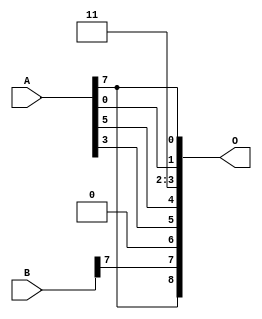
/***
* This code is a part of EvoApproxLib library (ehw.fit.vutbr.cz/approxlib) distributed under The MIT License.
* When used, please cite the following article(s): PRABAKARAN B. S., MRAZEK V., VASICEK Z., SEKANINA L., SHAFIQUE M. ApproxFPGAs: Embracing ASIC-based Approximate Arithmetic Components for FPGA-Based Systems. DAC 2020. 
***/
// MAE% = 14.06 %
// MAE = 72 
// WCE% = 42.38 %
// WCE = 217 
// WCRE% = 1300.00 %
// EP% = 99.61 %
// MRE% = 35.29 %
// MSE = 7477 
// FPGA_POWER = 0.26
// FPGA_DELAY = 4.9
// FPGA_LUT = 0


module add8u_04A(A, B, O);
  input [7:0] A, B;
  output [8:0] O;
  assign O[3] = 1'b1;
  assign O[2] = 1'b1;
  assign O[6] = 1'b0;
  assign O[0] = A[7];
  assign O[1] = A[0];
  assign O[4] = A[5];
  assign O[5] = A[3];
  assign O[7] = B[7];
  assign O[8] = O[0];
endmodule